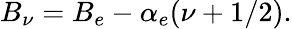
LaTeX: B_{\nu}=B_{e}-\alpha_{e}(\nu+1/2).